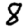
Digit: 8